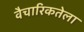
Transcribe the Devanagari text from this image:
वैचारिकतेला